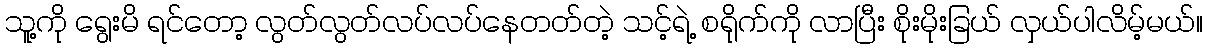
သူ့ကို ရွေးမိ ရင်တော့ လွတ်လွတ်လပ်လပ်နေတတ်တဲ့ သင့်ရဲ့ စရိုက်ကို လာပြီး စိုးမိုးခြယ် လှယ်ပါလိမ့်မယ်။